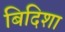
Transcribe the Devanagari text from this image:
बिदिशा